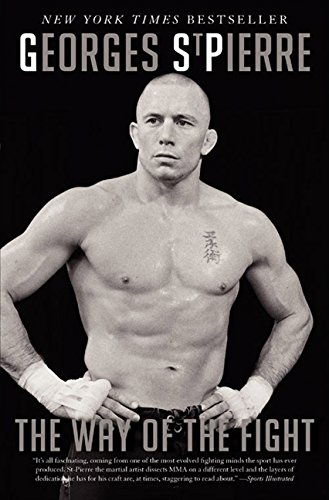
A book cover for The Way of the Fight; Georges St. Pierre; Biographies & Memoirs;